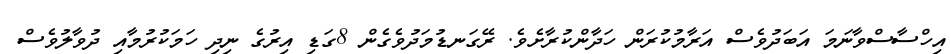
އިހްސާސްވާނަމަ އަބަދުވެސް އަރާމުކުރަން ހަދާންކުރާށެވެ. ރޭގަނޑުމަދުވެގެން 8ގަޑި އިރުގެ ނިދި ހަމަކުރުމާއި ދުވާލުވެސް